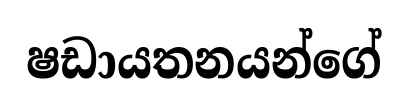
ෂඩායතනයන්ගේ